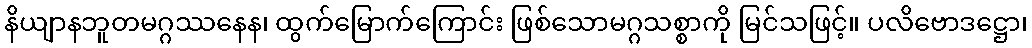
နိယျာနဘူတမဂ္ဂဿနေန၊ ထွက်မြောက်ကြောင်း ဖြစ်သောမဂ္ဂသစ္စာကို မြင်သဖြင့်။ ပလိဗောဒဋ္ဌော၊